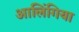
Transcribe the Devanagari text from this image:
आलिंगिया